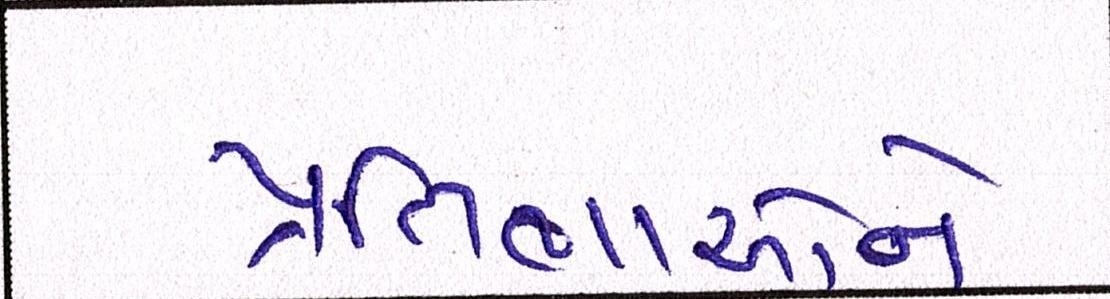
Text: પ્રતિભાઓને